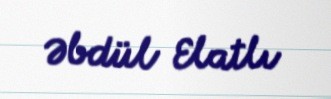
Əbdül Elatlı